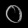
Digit: ၀